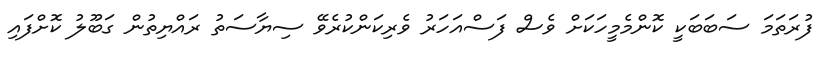
ފުރަތަމަ ސަބަބަކީ ކޮންމެމީހަކަށް ވެސް ފަސްއަހަރު ވެރިކަންކުރެވޭ ސިޔާސަތު ރައްޔިތުން ގަބޫލު ކޮށްފައި